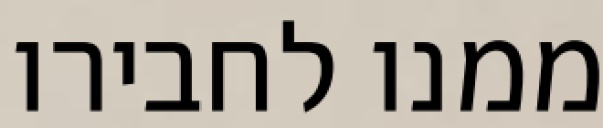
ממנו לחבירו